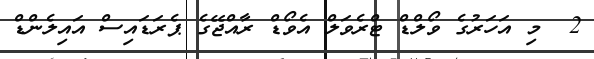
2  މި އަހަރުގެ ވޯލްޑް ޓްރެވަލް އެވޯޑް ރާއްޖޭގެ ޕެރަޑައިސް އައިލެންޑް